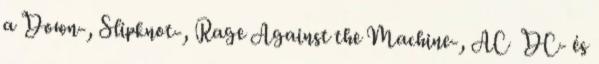
a Down-, Slipknot-, Rage Against the Machine-, AC DC- és